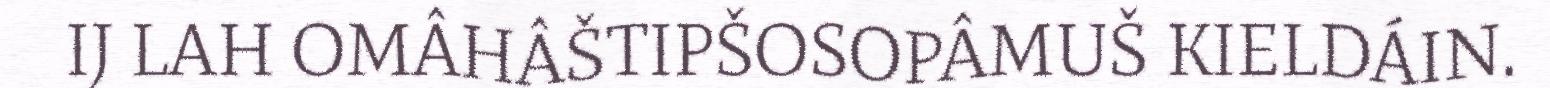
IJ LAH OMÂHÂŠTIPŠOSOPÂMUŠ KIELDÁIN.